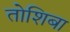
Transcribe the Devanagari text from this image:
तोशिबा